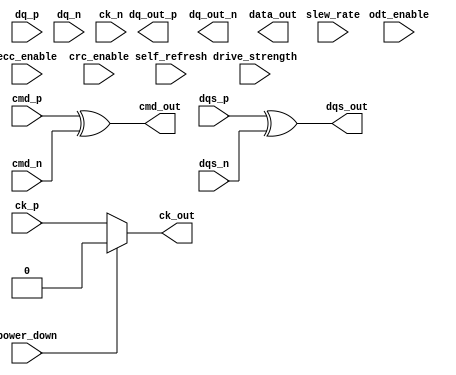
module lpddr4_io_block (
    // Differential Data Signals
    input  wire [DQ_WIDTH-1:0] dq_p,   // Data positive
    input  wire [DQ_WIDTH-1:0] dq_n,   // Data negative
    output wire [DQ_WIDTH-1:0] dq_out_p, // Data output positive
    output wire [DQ_WIDTH-1:0] dq_out_n, // Data output negative

    // Command Signals
    input  wire cmd_p,   // Command positive
    input  wire cmd_n,   // Command negative

    // Clock Signals
    input  wire ck_p,    // Clock positive
    input  wire ck_n,    // Clock negative

    // Strobe Signals
    input  wire dqs_p,   // Data Strobe positive
    input  wire dqs_n,   // Data Strobe negative

    // Configuration Control
    input  wire [3:0] drive_strength, // Drive strength configuration
    input  wire odt_enable,            // On-die termination enable
    input  wire [1:0] slew_rate,       // Slew rate configuration

    // Power Management
    input  wire power_down,            // Power down control
    input  wire self_refresh,           // Self-refresh control

    // Error Detection and Correction
    input  wire ecc_enable,             // ECC enable
    input  wire crc_enable,             // CRC enable

    // Outputs
    output wire [DQ_WIDTH-1:0] data_out, // Data output
    output wire cmd_out,                // Command output
    output wire ck_out,                 // Clock output
    output wire dqs_out                 // Data Strobe output
);

parameter DQ_WIDTH = 8; // Width of data bus

// Internal signals
wire [DQ_WIDTH-1:0] dq_in;
wire [DQ_WIDTH-1:0] dq_out;
wire clk_gated;

// Clock Gating Logic
assign clk_gated = power_down ? 1'b0 : ck_p;

// Data Transfer Logic
genvar i;
generate
    for (i = 0; i < DQ_WIDTH; i = i + 1) begin : data_transfer
        assign dq_in[i] = dq_p[i] ^ dq_n[i]; // Differential to single-ended
        assign dq_out[i] = dq_out_p[i] ^ dq_out_n[i]; // Output logic
    end
endgenerate

// Command Logic
assign cmd_out = cmd_p ^ cmd_n;

// Clock Output
assign ck_out = clk_gated;

// DQS Output
assign dqs_out = dqs_p ^ dqs_n;

// Drive Strength and Termination Logic
// (Placeholder for actual implementation)
always @(*) begin
    // Implement drive strength and termination logic based on configuration
end

// Error Detection and Correction Logic
// (Placeholder for ECC and CRC implementation)
always @(*) begin
    if (ecc_enable) begin
        // Implement ECC logic
    end
    if (crc_enable) begin
        // Implement CRC logic
    end
end

// Power Management Logic
always @(*) begin
    if (power_down) begin
        // Implement power down logic
    end
    if (self_refresh) begin
        // Implement self-refresh logic
    end
end

endmodule